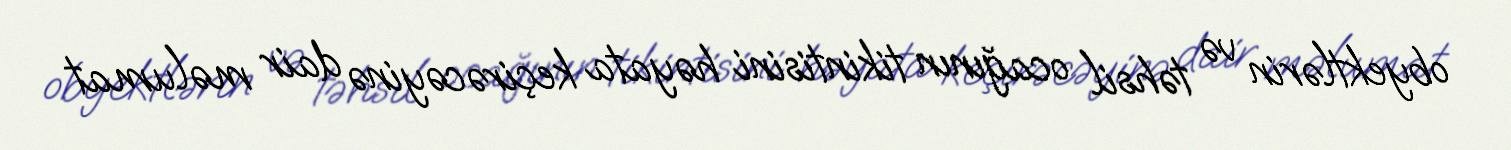
obyektlərin və təhsil ocağının tikintisini həyata keçirəcəyinə dair məlumat